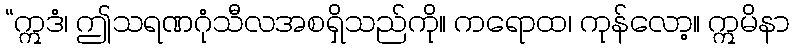
“ဣဒံ၊ ဤသရဏဂုံသီလအစရှိသည်ကို။ ကရောထ၊ ကုန်လော့။ ဣမိနာ